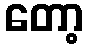
တော့